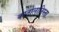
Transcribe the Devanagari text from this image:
कातालानिस्ता